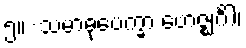
၅။	သမာဓုပေက္ခာ ဗောဇ္ဈင်္ဂါ၊